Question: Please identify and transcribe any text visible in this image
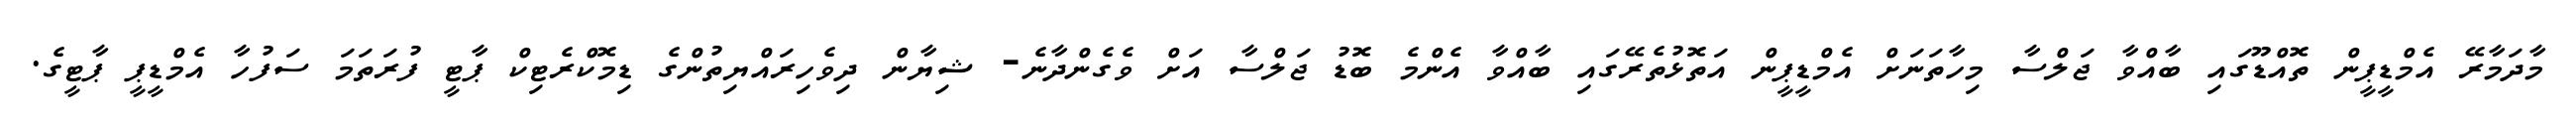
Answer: މާދަމާރޭ އެމްޑީޕީން ތޮއްޑޫގައި ބާއްވާ ޖަލްސާ މިހާތަނަށް އެމްޑީޕީން އަތޮޅުތެރޭގައި ބާއްވާ އެންމެ ބޮޑު ޖަލްސާ އަށް ވެގެންދާނެ- ޝިޔާން ދިވެހިރައްޔިތުންގެ ޑިމޮކްރެޓިކް ޕާޓީ ފުރަތަމަ ސަފުހާ އެމްޑީޕީ ޕާޓީގެ.